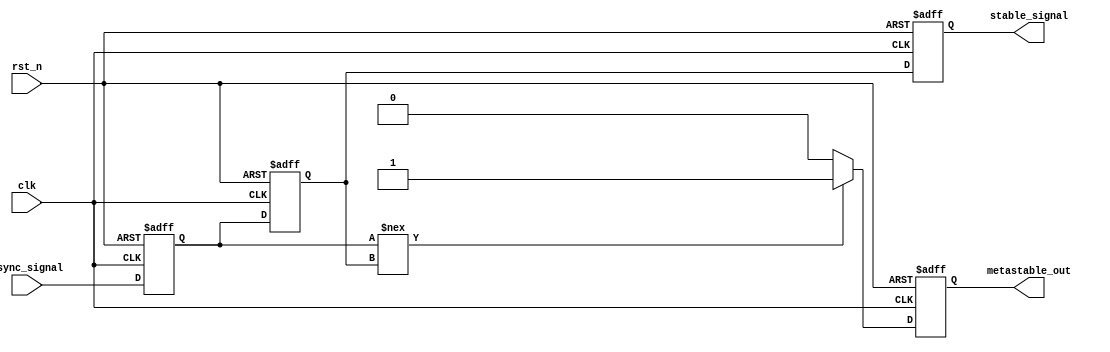
module metastability_detector (
    input wire clk,           // Clock signal
    input wire rst_n,         // Active-low reset signal
    input wire async_signal,  // Asynchronous input signal
    output reg metastable_out, // Metastability output signal
    output reg stable_signal   // Stable output signal (after synchronization)
);

    // Internal wires for flip-flop outputs
    reg sync1, sync2;

    // Two-stage synchronizer flip-flops
    always @(posedge clk or negedge rst_n) begin
        if (!rst_n) begin
            sync1 <= 1'b0;
            sync2 <= 1'b0;
        end else begin
            sync1 <= async_signal; // First flip-flop to sample asynchronous signal
            sync2 <= sync1;        // Second flip-flop to sample the output of the first
        end
    end

    // Metastability detection logic
    // It's important to note that in real applications, the actual detection condition may need
    // to be more sophisticated and will depend on timing characteristics and specific requirements.
    always @(posedge clk or negedge rst_n) begin
        if (!rst_n) begin
            metastable_out <= 1'b0;
            stable_signal <= 1'b0;
        end else begin
            // Metastability condition can be simplified as checking if sync1 is not equal to sync2
            // within this clock cycle. Adjust the condition based on your timing analysis.
            if (sync1 !== sync2) begin
                metastable_out <= 1'b1;  // Indicate metastability detected
            end else begin
                metastable_out <= 1'b0; // Clear metastability condition
            end
            
            stable_signal <= sync2;     // Output the stable signal from the second flip-flop
        end
    end

endmodule